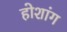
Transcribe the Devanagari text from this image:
होशांग